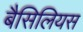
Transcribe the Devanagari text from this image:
बैसिलियस